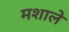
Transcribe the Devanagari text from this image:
मशाले